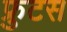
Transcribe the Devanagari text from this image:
फ्रुटस